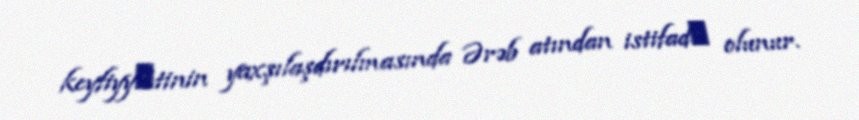
keyfiyyәtinin yaxşılaşdırılmasında Ərəb atından istifadә olunur.